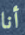
أنا